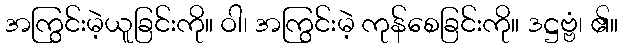
အကြွင်းမဲ့ယူခြင်းကို။ ဝါ၊ အကြွင်းမဲ့ ကုန်စေခြင်းကို။ ဒဋ္ဌဗ္ဗံ၊ ၏။